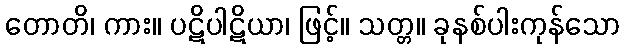
တောတိ၊ ကား။ ပဋိပါဋိယာ၊ ဖြင့်။ သတ္တ။ ခုနစ်ပါးကုန်သော